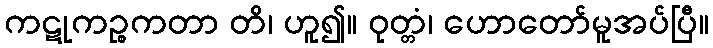
ကဋုကဉ္စကတာ တိ၊ ဟူ၍။ ဝုတ္တံ၊ ဟောတော်မူအပ်ပြီ။